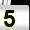
Digit: 5